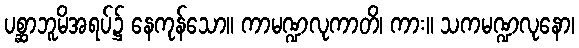
ပစ္ဆာဘူမိအရပ်၌ နေကုန်သော။ ကာမဏ္ဍလုကာတိ၊ ကား။ သကမဏ္ဍလုနော၊